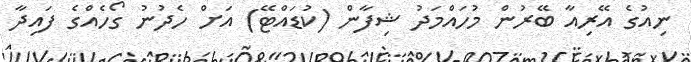
ނިއުގެ އޭރިއާ ބޭރުން މުހައްމަދު ޝިފާން (ކުޑައްޓޭ) އަށް ހެދުނު ގޯހެއްގެ ފައިދާ